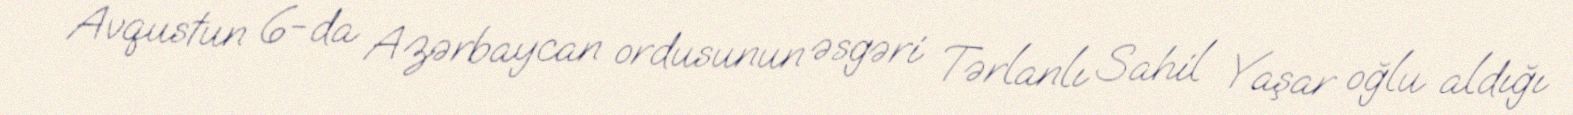
Avqustun 6-da Azərbaycan ordusunun əsgəri Tərlanlı Sahil Yaşar oğlu aldığı